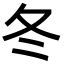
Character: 冬